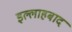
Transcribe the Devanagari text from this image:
इल्लाहबाद